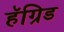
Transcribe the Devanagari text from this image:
हॅग्रिड